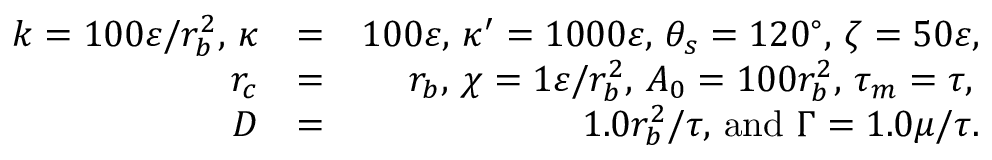
\begin{array} { r l r } { k = 1 0 0 \varepsilon / r _ { b } ^ { 2 } , \, \kappa } & { = } & { 1 0 0 \varepsilon , \, \kappa ^ { \prime } = 1 0 0 0 \varepsilon , \, \theta _ { s } = 1 2 0 ^ { \circ } , \, \zeta = 5 0 \varepsilon , } \\ { r _ { c } } & { = } & { r _ { b } , \, \chi = 1 \varepsilon / r _ { b } ^ { 2 } , \, A _ { 0 } = 1 0 0 r _ { b } ^ { 2 } , \, \tau _ { m } = \tau , \, } \\ { D } & { = } & { 1 . 0 r _ { b } ^ { 2 } / \tau , \, \mathrm { a n d } \, \, \Gamma = 1 . 0 { \mu } / \tau . } \end{array}